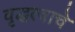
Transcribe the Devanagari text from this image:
वृद्धत्वाचे